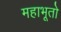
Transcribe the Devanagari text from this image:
महाभूतो